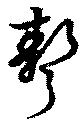
聱